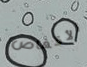
الأقفاص